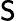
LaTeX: \textsf{S}